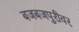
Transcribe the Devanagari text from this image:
बजबजपुरीवर